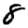
Digit: 8